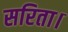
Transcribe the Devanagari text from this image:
सरिता।